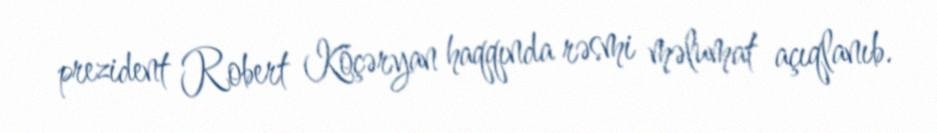
prezident Robert Köçəryan haqqında rəsmi məlumat açıqlanıb.